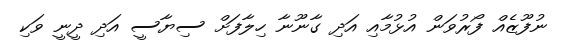
ނުފޫޒެއް ފޯރުވަން އުޅުމާއި އަދި ގާނޫނާ ހިލާފަށް ސިޔާސީ އަދި ދީނީ ވަކި